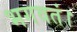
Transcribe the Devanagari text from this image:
भगवतं।